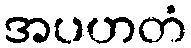
အပဟတံ